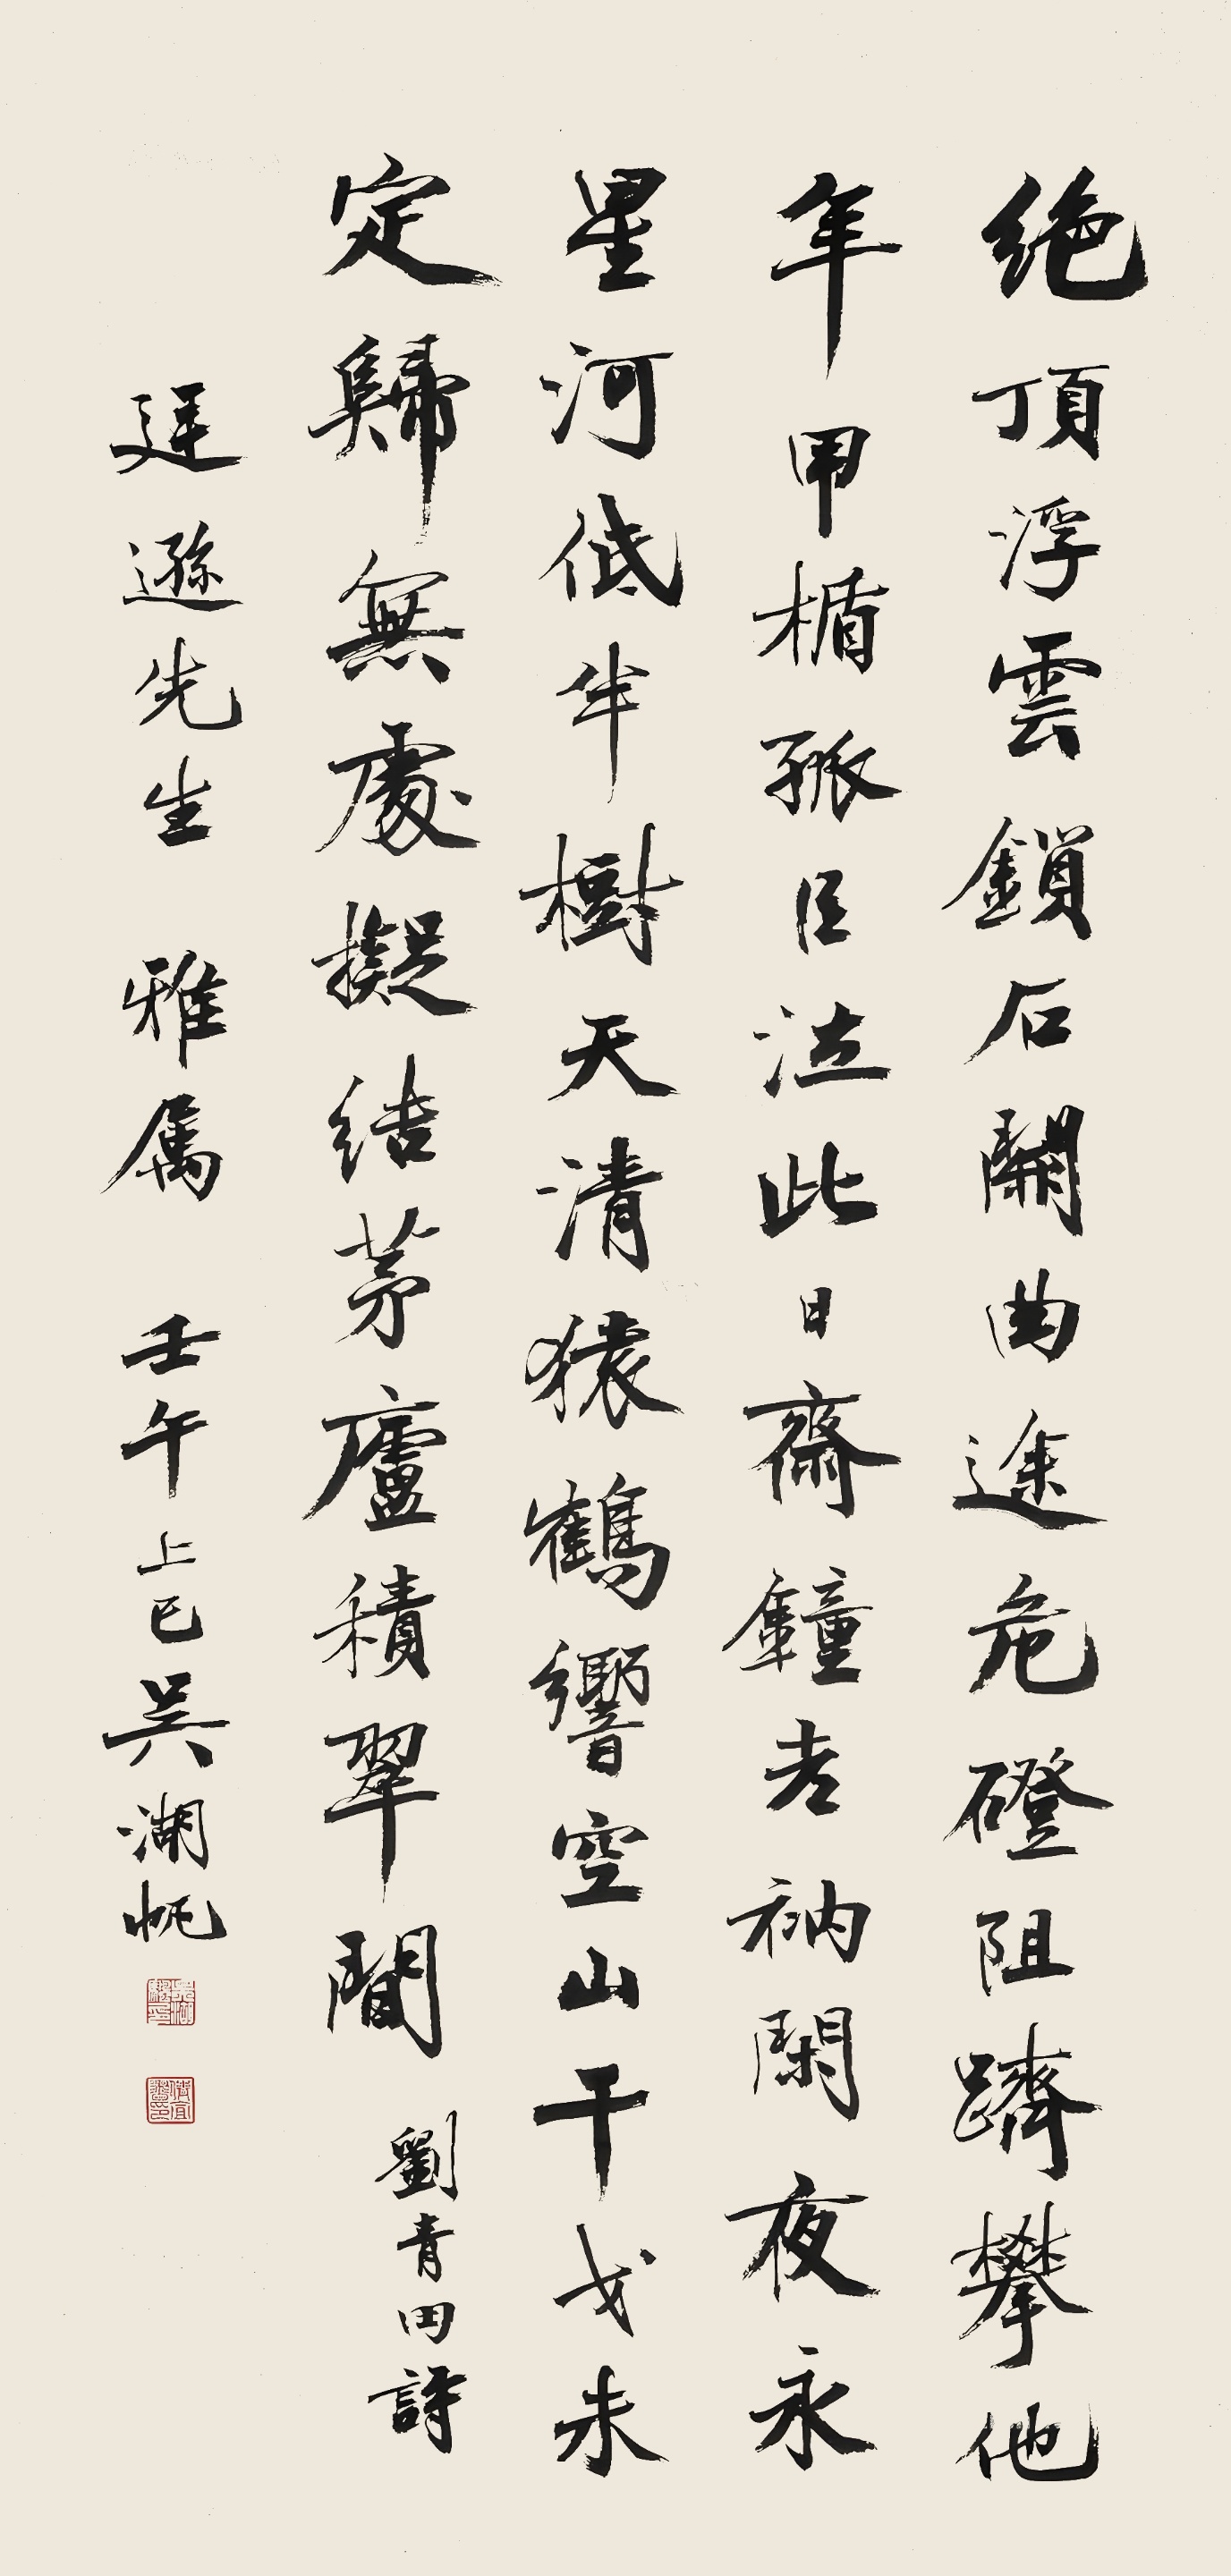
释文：绝顶浮云锁石关，曲途危磴阻跻攀。他年甲楯孤臣泣，此日斋钟老衲闲。夜永星河低半树，天清猿鹤响空山。干戈未定归无处，拟结茅庐积翠间。刘青田诗。廷逊先生雅属，壬午上巳，吴湖帆。